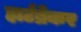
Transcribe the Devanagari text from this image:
हार्टब्रेकर